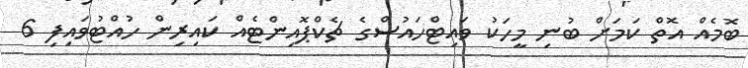
ބޮމެއް އޮތް ކަމަށް ބުނި މީހަކު ވައިޓްހައުސްގެ ޗެކްޕޮއިންޓެއް ކައިރިން ހުއްޓުވައިފި 6